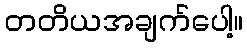
တတိယအချက်ပေါ့။